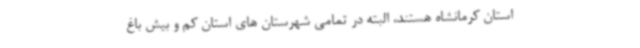
استان کرمانشاه هستند، البته در تمامی شهرستان های استان کم و بیش باغ